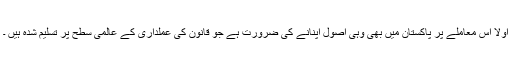
اولا اس معاملے پر پاکستان میں بھی وہی اصول اپنانے کی ضرورت ہے جو قانون کی عملداری کے عالمی سطح پر تسلیم شدہ ہیں ۔